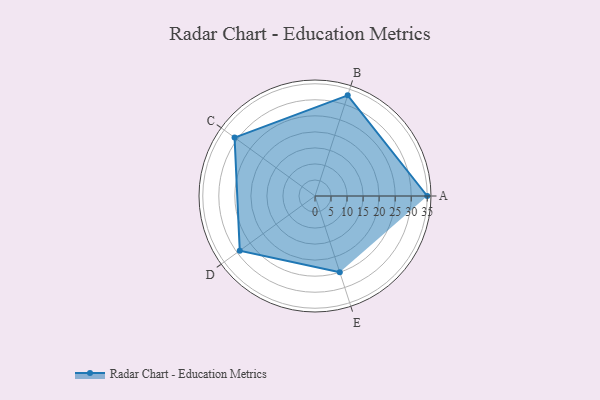
{"axis": {"x": "Skill", "y": "Score"}, "legend": ["Profile"], "data": [{"x": "A", "y": 35.0, "type": "Profile"}, {"x": "B", "y": 33.0, "type": "Profile"}, {"x": "C", "y": 31.0, "type": "Profile"}, {"x": "D", "y": 29.0, "type": "Profile"}, {"x": "E", "y": 25.0, "type": "Profile"}]}